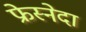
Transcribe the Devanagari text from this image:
फ्रेस्नेदा